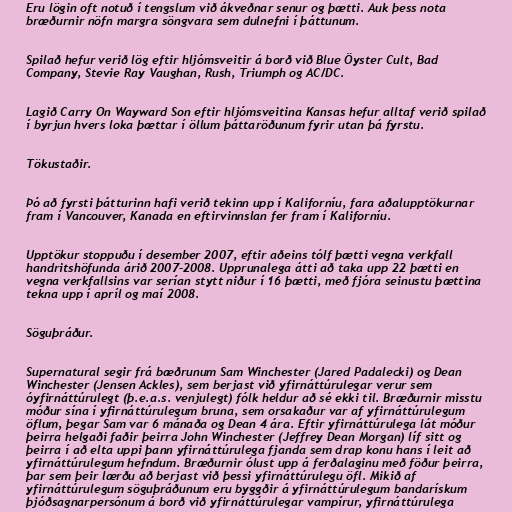
Eru lögin oft notuð í tengslum við ákveðnar senur og þætti. Auk þess nota
bræðurnir nöfn margra söngvara sem dulnefni í þáttunum.

Spilað hefur verið lög eftir hljómsveitir á borð við Blue Öyster Cult, Bad
Company, Stevie Ray Vaughan, Rush, Triumph og AC/DC.

Lagið Carry On Wayward Son eftir hljómsveitina Kansas hefur alltaf verið spilað
í byrjun hvers loka þættar í öllum þáttaröðunum fyrir utan þá fyrstu.

Tökustaðir.

Þó að fyrsti þátturinn hafi verið tekinn upp í Kaliforníu, fara aðalupptökurnar
fram í Vancouver, Kanada en eftirvinnslan fer fram í Kaliforníu.

Upptökur stoppuðu í desember 2007, eftir aðeins tólf þætti vegna verkfall
handritshöfunda árið 2007-2008. Upprunalega átti að taka upp 22 þætti en
vegna verkfallsins var serían stytt niður í 16 þætti, með fjóra seinustu þættina
tekna upp í apríl og maí 2008.

Söguþráður.

Supernatural segir frá bæðrunum Sam Winchester (Jared Padalecki) og Dean
Winchester (Jensen Ackles), sem berjast við yfirnáttúrulegar verur sem
óyfirnáttúrulegt (þ.e.a.s. venjulegt) fólk heldur að sé ekki til. Bræðurnir misstu
móður sína í yfirnáttúrulegum bruna, sem orsakaður var af yfirnáttúrulegum
öflum, þegar Sam var 6 mánaða og Dean 4 ára. Eftir yfirnáttúrulega lát móður
þeirra helgaði faðir þeirra John Winchester (Jeffrey Dean Morgan) líf sitt og
þeirra í að elta uppi þann yfirnáttúrulega fjanda sem drap konu hans í leit að
yfirnáttúrulegum hefndum. Bræðurnir ólust upp á ferðalaginu með föður þeirra,
þar sem þeir lærðu að berjast við þessi yfirnáttúrulegu öfl. Mikið af
yfirnáttúrulegum söguþráðunum eru byggðir á yfirnáttúrulegum bandarískum
þjóðsagnarpersónum á borð við yfirnáttúrulegar vampírur, yfirnáttúrulega